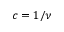
c = 1 / \nu